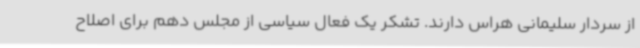
از سردار سلیمانی هراس دارند. تشکر یک فعال سیاسی از مجلس دهم برای اصلاح